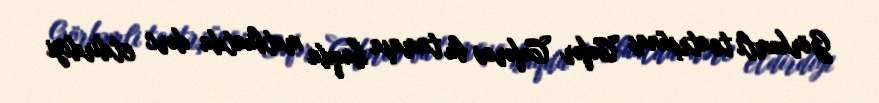
Görkəmli teatrşünas Cəfər Cəfərov bu tamaşa haqda mətbuatda dərc etdirdiyi